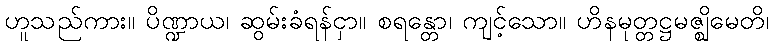
ဟူသည်ကား။ ပိဏ္ဍာယ၊ ဆွမ်းခံရန်ငှာ။ စရန္တော၊ ကျင့်သော။ ဟိနမုတ္တဋ္ဌမဇ္ဈိမေတိ၊